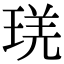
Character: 琷